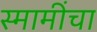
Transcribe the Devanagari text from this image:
स्मामींचा